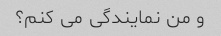
و من نمایندگی می کنم؟